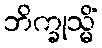
ဘိက္ခုသ္မိံ